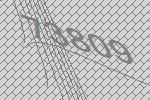
73809